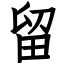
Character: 留